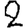
Digit: 2